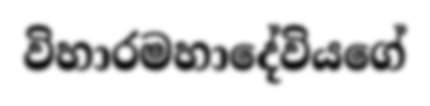
විහාරමහාදේවියගේ